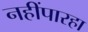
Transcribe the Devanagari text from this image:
नहींपारहा